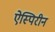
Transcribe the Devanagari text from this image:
ऐस्पिरीन